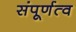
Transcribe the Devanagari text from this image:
संपूर्णत्व